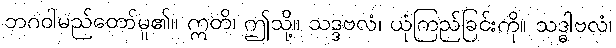
ဘဂဝါမည်တော်မူ၏။ ဣတိ၊ ဤသို့။ သဒ္ဒဗလံ၊ ယုံကြည်ခြင်းကို။ သဒ္ဓါဗလံ၊